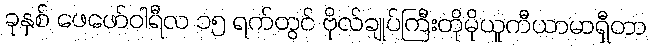
ခုနှစ် ဖေဖော်ဝါရီလ ၁၅ ရက်တွင် ဗိုလ်ချုပ်ကြီးတိုမိုယူကီယာမာရှီတာ